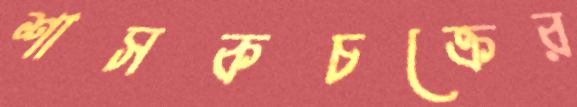
শাসকচক্রের